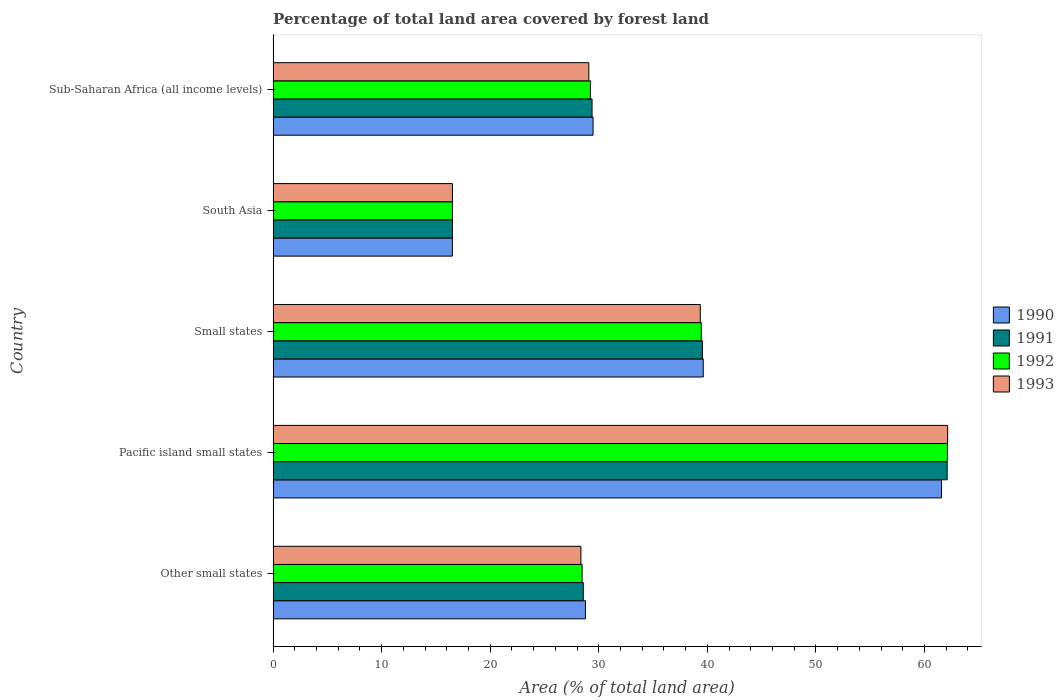
| Country | 1990 | 1991 | 1992 | 1993 |
 | --- | --- | --- | --- | --- |
 | Other small states | 28.8 | 28.6 | 28.5 | 28.4 |
 | Pacific island small states | 61.6 | 62.1 | 62.1 | 62.1 |
 | Small states | 39.6 | 39.5 | 39.4 | 39.3 |
 | South Asia | 16.5 | 16.5 | 16.5 | 16.5 |
 | Sub-Saharan Africa (all income levels) | 29.5 | 29.4 | 29.2 | 29.1 |